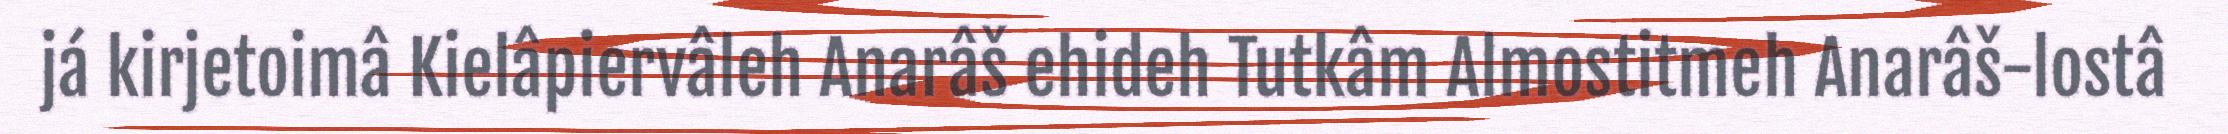
já kirjetoimâ Kielâpiervâleh Anarâš ehideh Tutkâm Almostitmeh Anarâš-lostâ